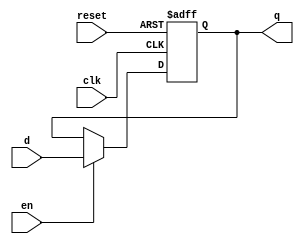
`timescale 1ns / 1ps
module D_flip_flop (
    input  clk,
    input  reset,
    input  en,
    input  d,
    output q
);
  reg q_reg;  // 
  always @(posedge clk, posedge reset) begin
    if (reset) q_reg <= 1'b0;
    else if (en) q_reg <= d;
  end
  assign q = q_reg;
endmodule